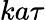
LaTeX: ka\tau